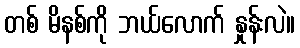
တစ် မိနစ်ကို ဘယ်လောက် နှုန်းလဲ။